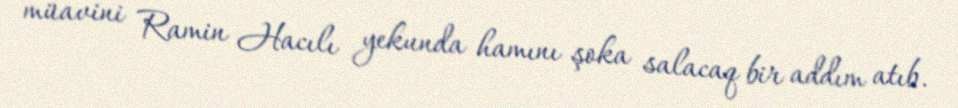
müavini Ramin Hacılı yekunda hamını şoka salacaq bir addım atıb.